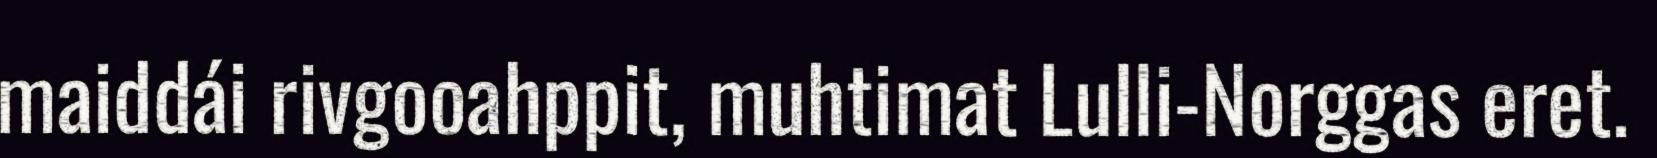
maiddái rivgooahppit, muhtimat Lulli-Norggas eret.